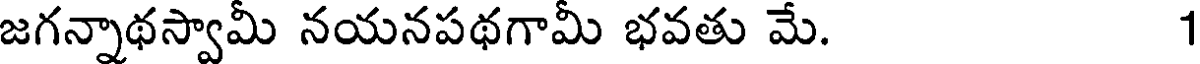
జగన్నాథస్వామీ నయనపథగామీ భవతు మే. 1